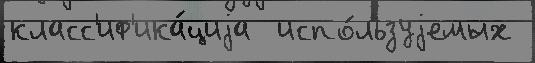
класс'иф'ика́циjа  испо́льзуjемых